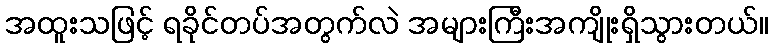
အထူးသဖြင့် ရခိုင်တပ်အတွက်လဲ အများကြီးအကျိုးရှိသွားတယ်။